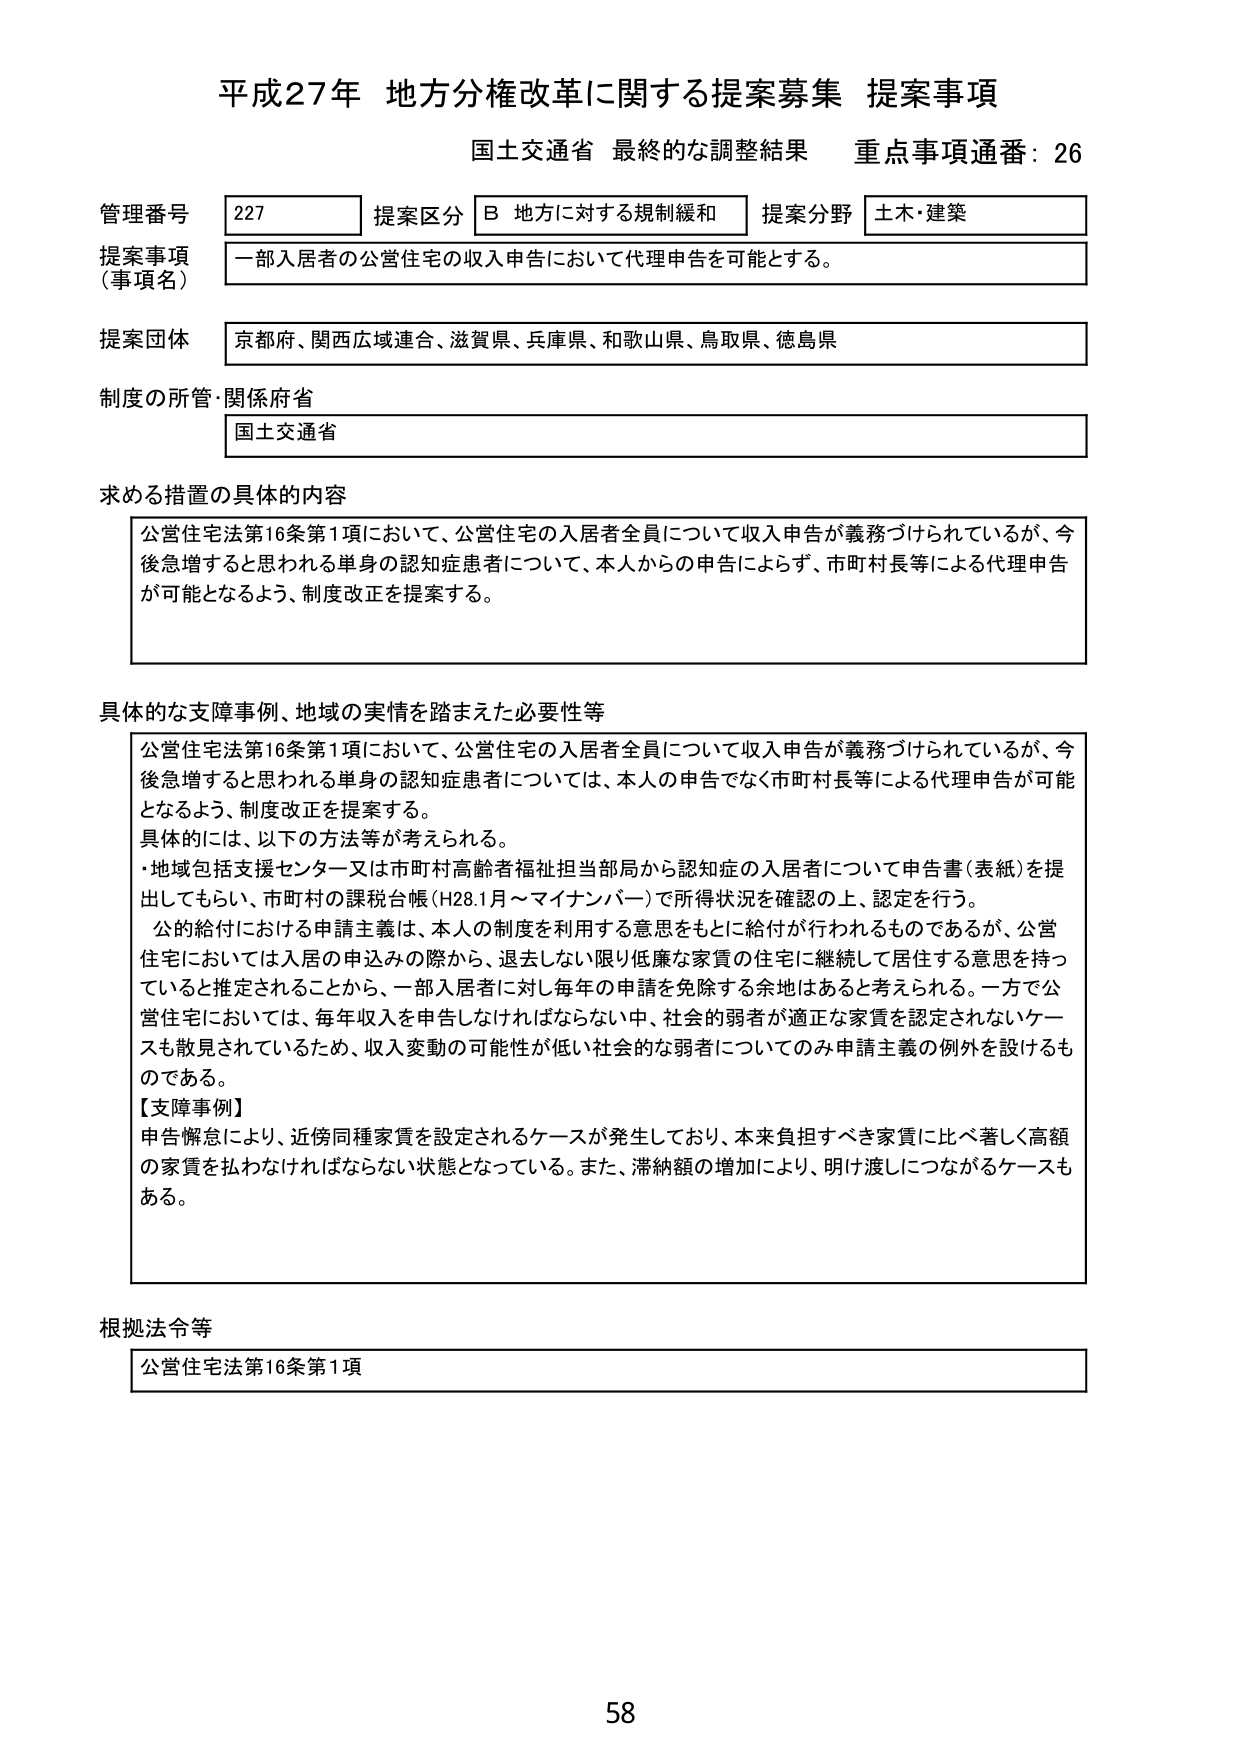
平成27年 地方分権改革に関する提案募集 提案事項
国土交通省 最終的な調整結果 重点事項通番：26

管理番号 227 提案区分 B 地方に対する規制緩和 提案分野 土木・建築
提案事項（事項名） 一部入居者の公営住宅の収入申告において代理申告を可能とする。
提案団体 京都府、関西広域連合、滋賀県、兵庫県、和歌山県、鳥取県、徳島県
制度の所管・関係府省 国土交通省

求める措置の具体的内容
公営住宅法第16条第1項において、公営住宅の入居者全員について収入申告が義務づけられているが、今後急増するとと思われる単身の認知症患者については、本人からの申告によらず、市町村長等による代理申告が可能となるよう、制度改正を提案する。

具体的な支障事例、地域の実情を踏まえた必要性等
公営住宅法第16条第1項において、公営住宅の入居者全員について収入申告が義務づけられているが、今後急増するとと思われる単身の認知症患者については、本人の申告でなく市町村長等による代理申告が可能となるよう、制度改正を提案する。
具体的には、以下の方法等が考えられる。
・地域包括支援センター又は市町村高齢者福祉担当部局から認知症の入居者について申告書（表紙）を提出してもらい、市町村の課税台帳（H28.1月～マイナンバー）で所得状況を確認の上、認定を行う。
公的給付における申請主義は、本人の制度を利用する意思をもとに給付が行われるものであるが、公営住宅においては入居の申込みの際から、退去しない限り低廉な家賃の住宅に継続して居住する意思を持っていると推定されることから、一部入居者に対し毎年の申請を免除する余地はあると考えられる。一方で公営住宅においては、毎年収入を申告しなければならない中、社会的弱者が適正な家賃を認定されないケースも散見されているため、収入変動の可能性が低い社会的な弱者についてのみ申請主義の例外を設けるものである。
【支障事例】
申告懈怠により、近傍同種家賃が設定されるケースが発生しており、本来負担すべき家賃に比べ著しく高額の家賃を払わなければならない状態となっている。また、滞納額の増加により、明け渡しにつながるケースもある。

根拠法令等
公営住宅法第16条第1項

58